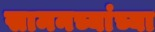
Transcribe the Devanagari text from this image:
सामनच्यांच्या